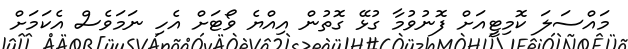
މައްސަލަ ކޮމިޓީއަށް ފޮނުވުމާ ގުޅޭ ގޮތުން އިއްޔެ ވޯޓަށް އެހި ނަމަވެސް އެކަމަށް